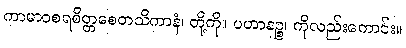
ကာမာဝစရစိတ္တစေတသိကာနံ၊ တို့ကို။ ပဟာနဉ္စ၊ ကိုလည်းကောင်း။